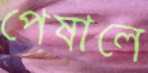
পেষালে